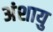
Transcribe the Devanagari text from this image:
अंशायु